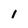
Character: 1